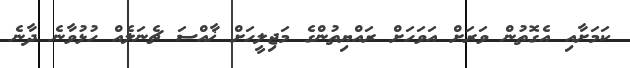
ކަމަށާއި އެގޮތުން ވަރަށް އަވަހަށް ރައްޔިތުންގެ މަޖިލީހަށް ޚާއްސަ ޗެނަލެއް ހުޅުވާނެ ދާނެ